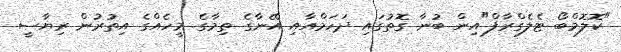
"ކޮލޮމްބޯ ޓެލެގްރާފް"އިން ބުނާ ގޮތުގައި ދަހަމްއާއި އޭނާގެ ތިމާގެ މީހެއްގެ އިތުރުން ރިޔާސީ